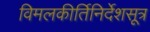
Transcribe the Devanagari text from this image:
विमलकीर्तिनिर्देशसूत्र